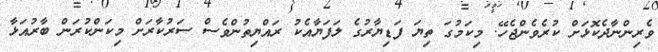
ވެރިންނާދެކޮޅަށް ކުރެވެންޖެހޭ. މިކަމުގަ ތިޔަ ފަޑިޔާރުގެ ލަފަޔާއެކު ރައްޔިތުންވެސް ސަރުކާރަށް މިކަންކުރަން ބާރުއަޅާ